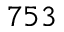
7 5 3